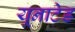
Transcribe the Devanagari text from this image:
यूनाटेड